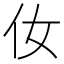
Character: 㚢